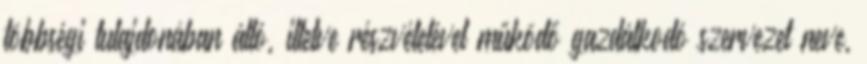
többségi tulajdonában álló, illetve részvételével működő gazdálkodó szervezet neve,